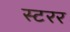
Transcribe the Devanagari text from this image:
स्टरर